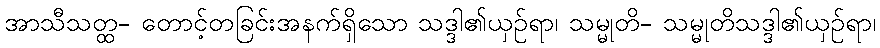
အာသီသတ္ထ- တောင့်တခြင်းအနက်ရှိသော သဒ္ဒါ၏ယှဉ်ရာ၊ သမ္မုတိ- သမ္မုတိသဒ္ဒါ၏ယှဉ်ရာ၊